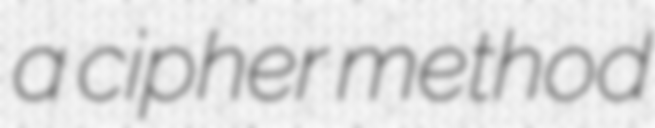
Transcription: a cipher method